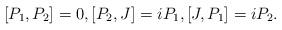
LaTeX: \begin{align*}[P_1, P_2]=0,[P_2,J]=i P_1,[J, P_1]=i P_2.\end{align*}